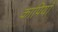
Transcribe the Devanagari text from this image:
कापियाँ